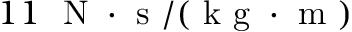
1 1 ~ \mathrm { ~ N ~ } \cdot \mathrm { ~ s ~ } / ( \mathrm { ~ k ~ g ~ } \cdot \mathrm { ~ m ~ } )